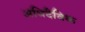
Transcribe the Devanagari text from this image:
अधिदैविक